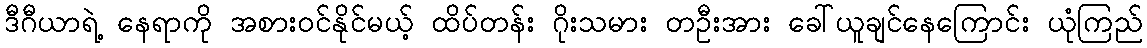
ဒီဂီယာရဲ့ နေရာကို အစားဝင်နိုင်မယ့် ထိပ်တန်း ဂိုးသမား တဦးအား ခေါ်ယူချင်နေကြောင်း ယုံကြည်